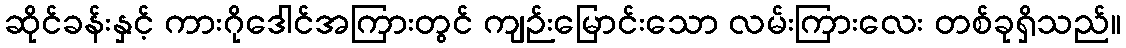
ဆိုင်ခန်းနှင့် ကားဂိုဒေါင်အကြားတွင် ကျဉ်းမြောင်းသော လမ်းကြားလေး တစ်ခုရှိသည်။